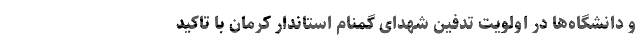
و دانشگاه‌ها در اولویت تدفین شهدای گمنام استاندار کرمان با تاکید